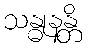
သန္ဓုနန္တိ